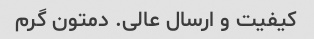
کیفیت و ارسال عالی. دمتون گرم